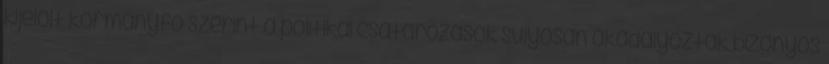
kijelölt kormányfő szerint a politikai csatározások súlyosan akadályozták bizonyos